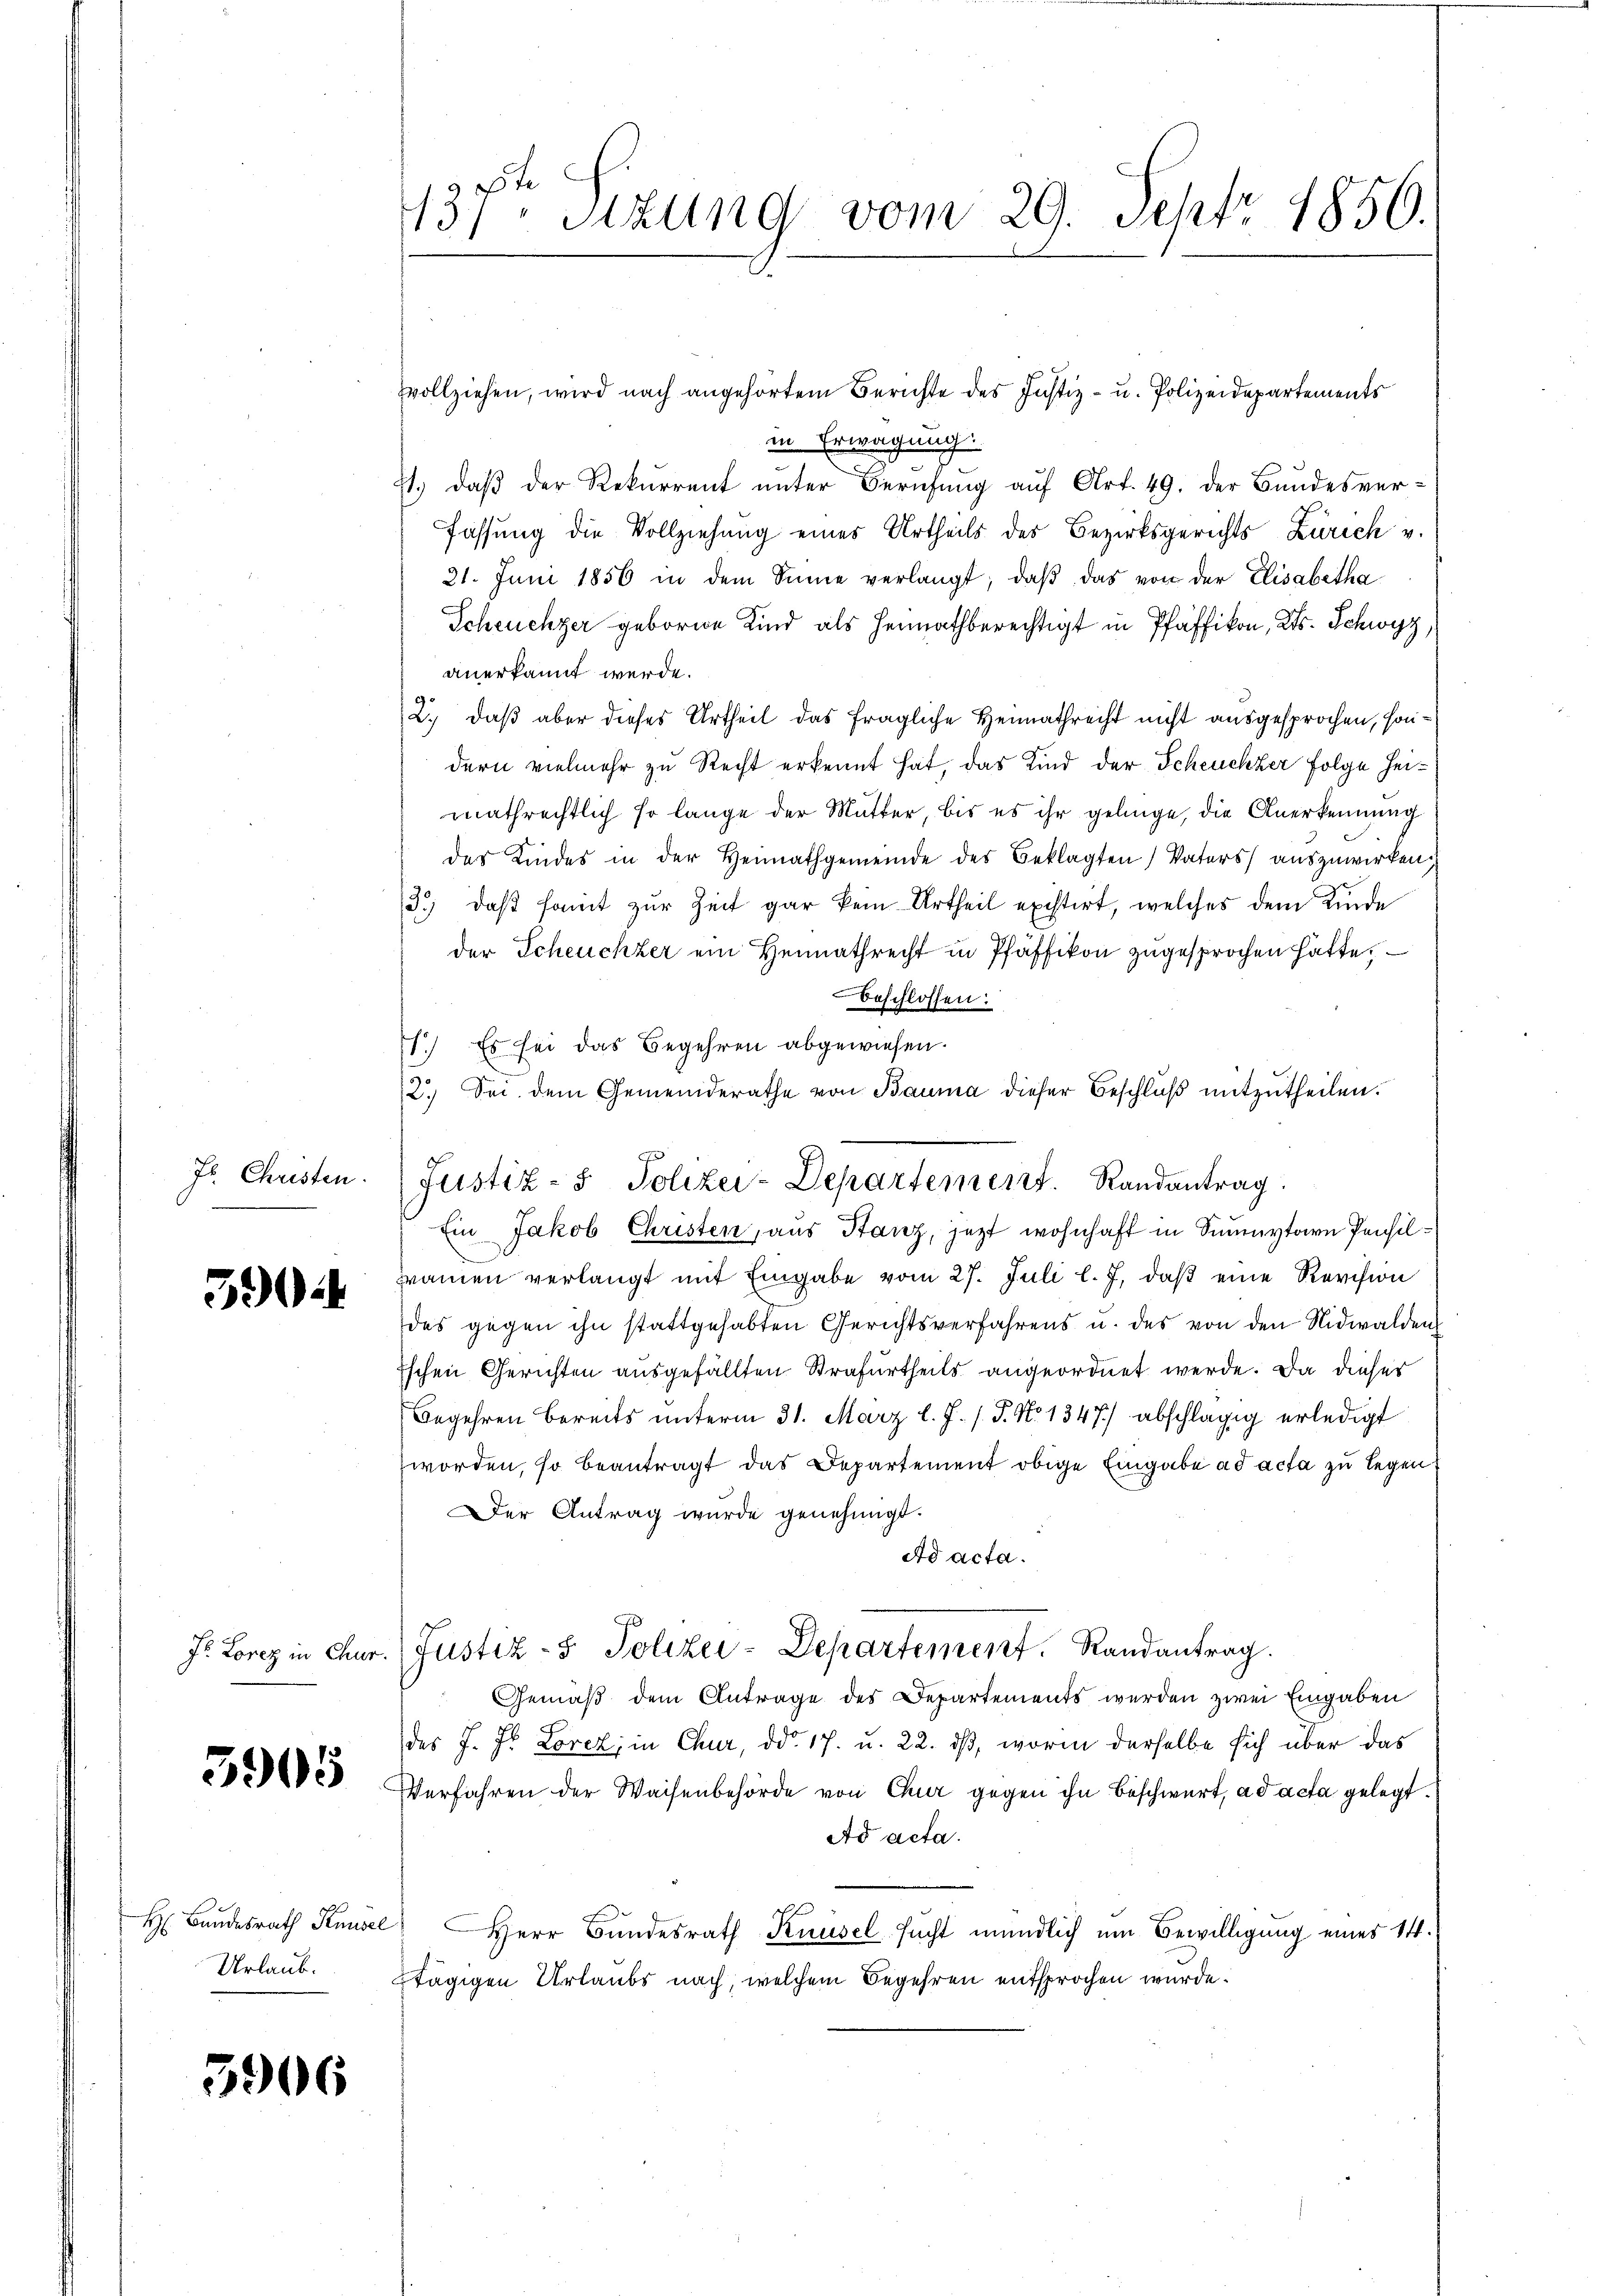
39

3905

H: Bundesrath Knüsel
Urlaub.

3906

137. Sitzung vom 29. Sept. 1856.

vollziehen, wird nach angehörtem Berichte des Justiz- u. Polizeidepartements
in Erwägung.
.
1.) daß der Rekurrent unter Berufung auf Art. 49. Der Bandesver-
fassung die Vollziehung eines Urtheils des Bezirksgerichts Zürich v.
21. Juni 1856 in dem Sinne verlangt, daβ das von der Elisabetha
Scheuchzer geborne Kind als Heimathberechtigt in Pfäffikon, Kts. Schwyz,
anerkannt werde.
2., daß aber dieses Urtheil das fragliche Heimathrecht nicht ausgesprochen, sondern vielmehr zu Recht erkennt hat, das Kind der Scheuchzer Folge Heimathrechtlich so lange der Mutter, bis es ihr gelinge, die Anerkennung
das Kindes in der Heimathgemeinde des Beklagten Vaters auszuwirken,
3.) daß somit zur Zeit gar kein Urtheil existirt, welches dem Kinde
der Scheuchzer ein Heimathrecht in Pfäffikon zugesprochen hatte,
beschlossen:
1.) Es sei das Begehren abgewiesen.
2. Sei dem Gemeinderathe von Bauma dieser Beschlŭβ mitzŭtheilen.
Ein Jakob Christen, aus Stanz, jezt wohnhaft in Simmytarn Pensilwamen verlangt mit Eingabe vom 27. Juli l. J. daß eine Revision
des gegen ihn stattgehabten Gerichtsverfahrens u. des von den Nidwalden
Eschen Gerichten ausgefällten Strafurtheils angeordnet werde. Da dieser
Begehren bereits unterm 31. März l. J. /. P. No 1347) abschlägig erledigt
worden, so beantragt das Departement obige Eingabe ad acta zu legen
Der Antrag wurde genehmigt.
Ad acta.
Dr. Lorez in Chur. Justiz- & Polizei-Departement. Randantrag.
Gemäß dem Antrage des Departements werden zwei Eingaben
des J. Hr. Lorez, in Chur, ddo. 17. u. 22. ds, worin derselbe sich über das
Verfahren der Waisenbehörde von Chur gegen ihn beschwert, ad acta gelegt.
Ad acta.
Herr Bundesrath Knüsel sucht mündlich um Bewilligung eines 14.
tägigen Urlaubs nach, welchem Begehren entsprochen wurde.

J. Christen. (Justiz- & Polizei-Departement. Randantrag